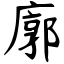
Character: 廓